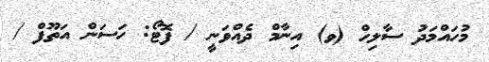
މުހައްމަދު ސާލިހް (ވ) އިނާމް ދެއްވަނީ / ފޮޓޯ: ހަސަން އަތޫފް /